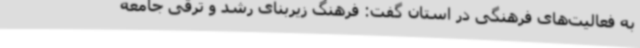
به فعالیت‌های فرهنگی در استان گفت: فرهنگ زیربنای رشد و ترقی جامعه